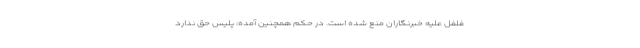
فلفل علیه خبرنگاران منع شده است. در حکم همچنین آمده: پلیس حق ندارد